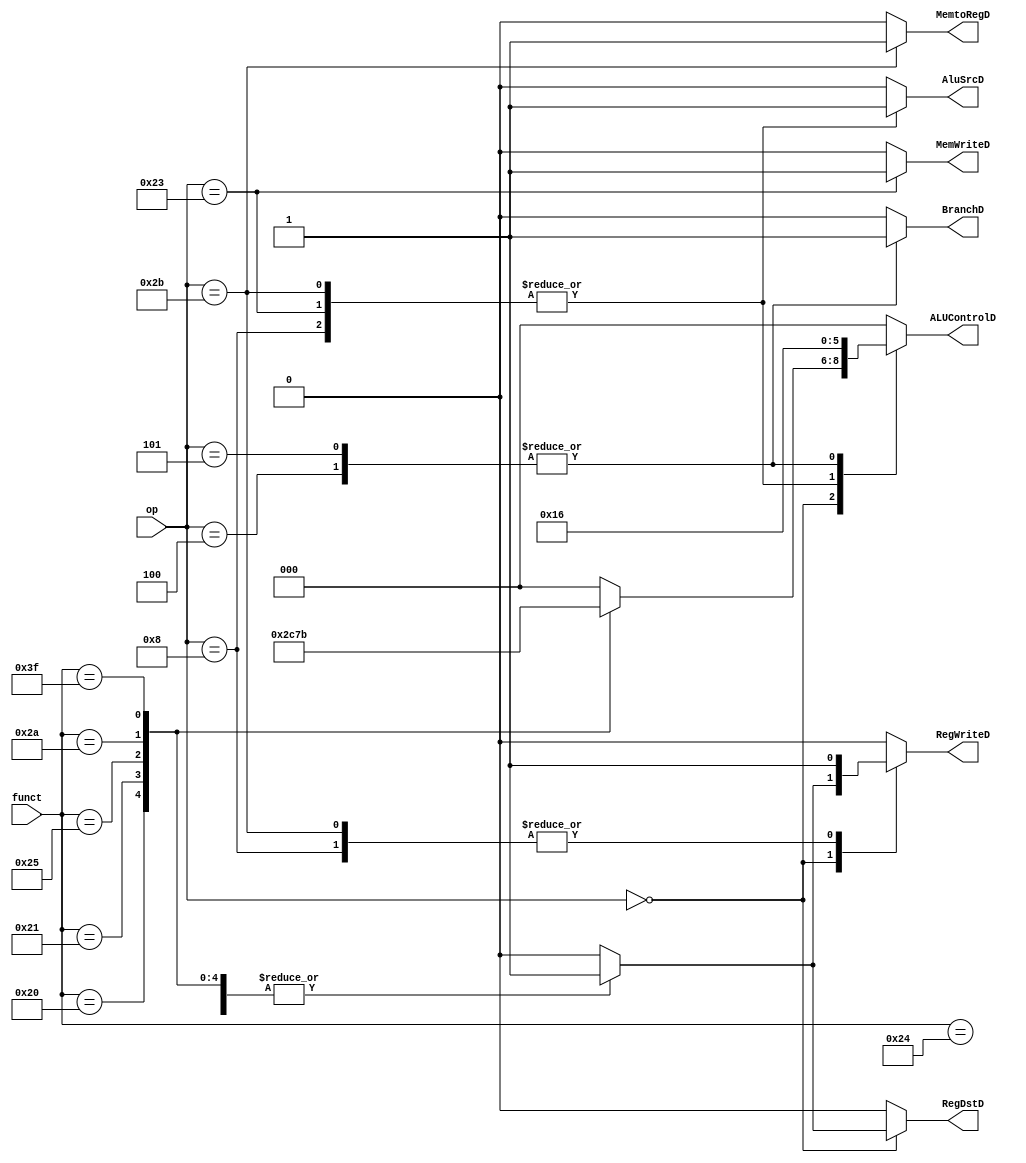
module Control_Unit(

input [5:0]op,
input [5:0]funct,

output reg RegWriteD,
output reg RegDstD,
output reg AluSrcD,
output reg BranchD,
output reg MemWriteD,
output reg MemtoRegD,
output reg[2:0]ALUControlD
);
always@(*) begin

    case (op)

    6'b000000:begin
        case (funct)
        6'b100000:begin RegWriteD<=1;RegDstD<=1;AluSrcD<=0;BranchD<=0;MemWriteD<=0;MemtoRegD<=0;ALUControlD<=3'b010;end//add
        6'b100001:begin RegWriteD<=1;RegDstD<=1;AluSrcD<=0;BranchD<=0;MemWriteD<=0;MemtoRegD<=0;ALUControlD<=3'b110;end//sub
        6'b100100:begin RegWriteD<=1;RegDstD<=1;AluSrcD<=0;BranchD<=0;MemWriteD<=0;MemtoRegD<=0;ALUControlD<=3'b000;end//and
        6'b100101:begin RegWriteD<=1;RegDstD<=1;AluSrcD<=0;BranchD<=0;MemWriteD<=0;MemtoRegD<=0;ALUControlD<=3'b001;end//or
        6'b101010:begin RegWriteD<=1;RegDstD<=1;AluSrcD<=0;BranchD<=0;MemWriteD<=0;MemtoRegD<=0;ALUControlD<=3'b111;end//slt
        6'b111111:begin RegWriteD<=1;RegDstD<=1;AluSrcD<=0;BranchD<=0;MemWriteD<=0;MemtoRegD<=0;ALUControlD<=3'b011;end//div
        default: begin RegWriteD <= 0;RegDstD <= 0;AluSrcD <= 0;BranchD <= 0;MemWriteD<= 0;MemtoRegD <= 0;ALUControlD <= 3'b000;end //NOP
        endcase
    end    
        
    6'b100011:begin RegWriteD<=0;RegDstD<=0;AluSrcD<=1;BranchD<=0;MemWriteD<=1;MemtoRegD<=0;ALUControlD<=3'b010;end //sw
    6'b101011:begin RegWriteD<=1;RegDstD<=0;AluSrcD<=1;BranchD<=0;MemWriteD<=0;MemtoRegD<=1;ALUControlD<=3'b010;end //lw
    6'b001000:begin RegWriteD<=1;RegDstD<=0;AluSrcD<=1;BranchD<=0;MemWriteD<=0;MemtoRegD<=0;ALUControlD<=3'b010;end //addi
    6'b001000:begin RegWriteD<=1;RegDstD<=0;AluSrcD<=1;BranchD<=0;MemWriteD<=0;MemtoRegD<=0;ALUControlD<=3'b110;end //subi
    6'b000100:begin RegWriteD<=0;RegDstD<=0;AluSrcD<=0;BranchD<=1;MemWriteD<=0;MemtoRegD<=0;ALUControlD<=3'b110;end //beq
    6'b000101:begin RegWriteD<=0;RegDstD<=0;AluSrcD<=0;BranchD<=1;MemWriteD<=0;MemtoRegD<=0;ALUControlD<=3'b110;end //bne
    default: begin RegWriteD <=0;RegDstD <= 0;AluSrcD <= 0;BranchD <= 0;MemWriteD <= 0;MemtoRegD<= 0;ALUControlD <= 3'b000;end //NOP
    endcase

end

endmodule